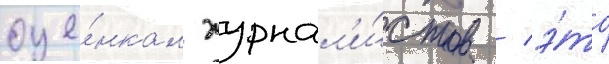
оце́нкам журнал'и́стов / э́то